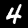
Digit: 4